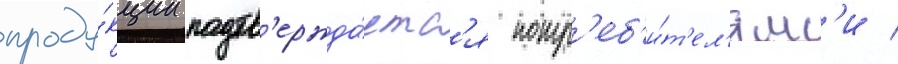
проду́кции подтв'ержда́етс'я потр'еб'и́т'ел'ям'и /